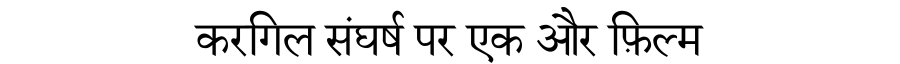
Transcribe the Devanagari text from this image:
करगिल संघर्ष पर एक और फ़िल्म